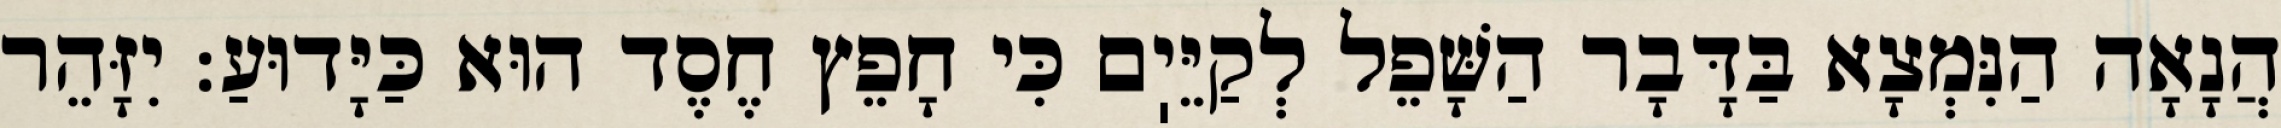
הֲנָאָה הַנִּמְצָא בַּדָּבָר הַשָּׁפֵל לְקַיֵּיֽם כִּי חָפֵץ חֶסֶד הוּא כַּיָּדוּעַ: יִזָּהֵר